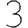
Digit: 3